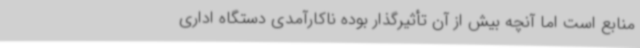
منابع است اما آنچه بیش از آن تأثیرگذار بوده ناکارآمدی دستگاه اداری